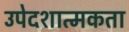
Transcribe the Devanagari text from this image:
उपेदशात्मकता